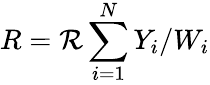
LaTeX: R=\mathcal{R}\sum_{i=1}^{N}Y_{i}/W_{i}